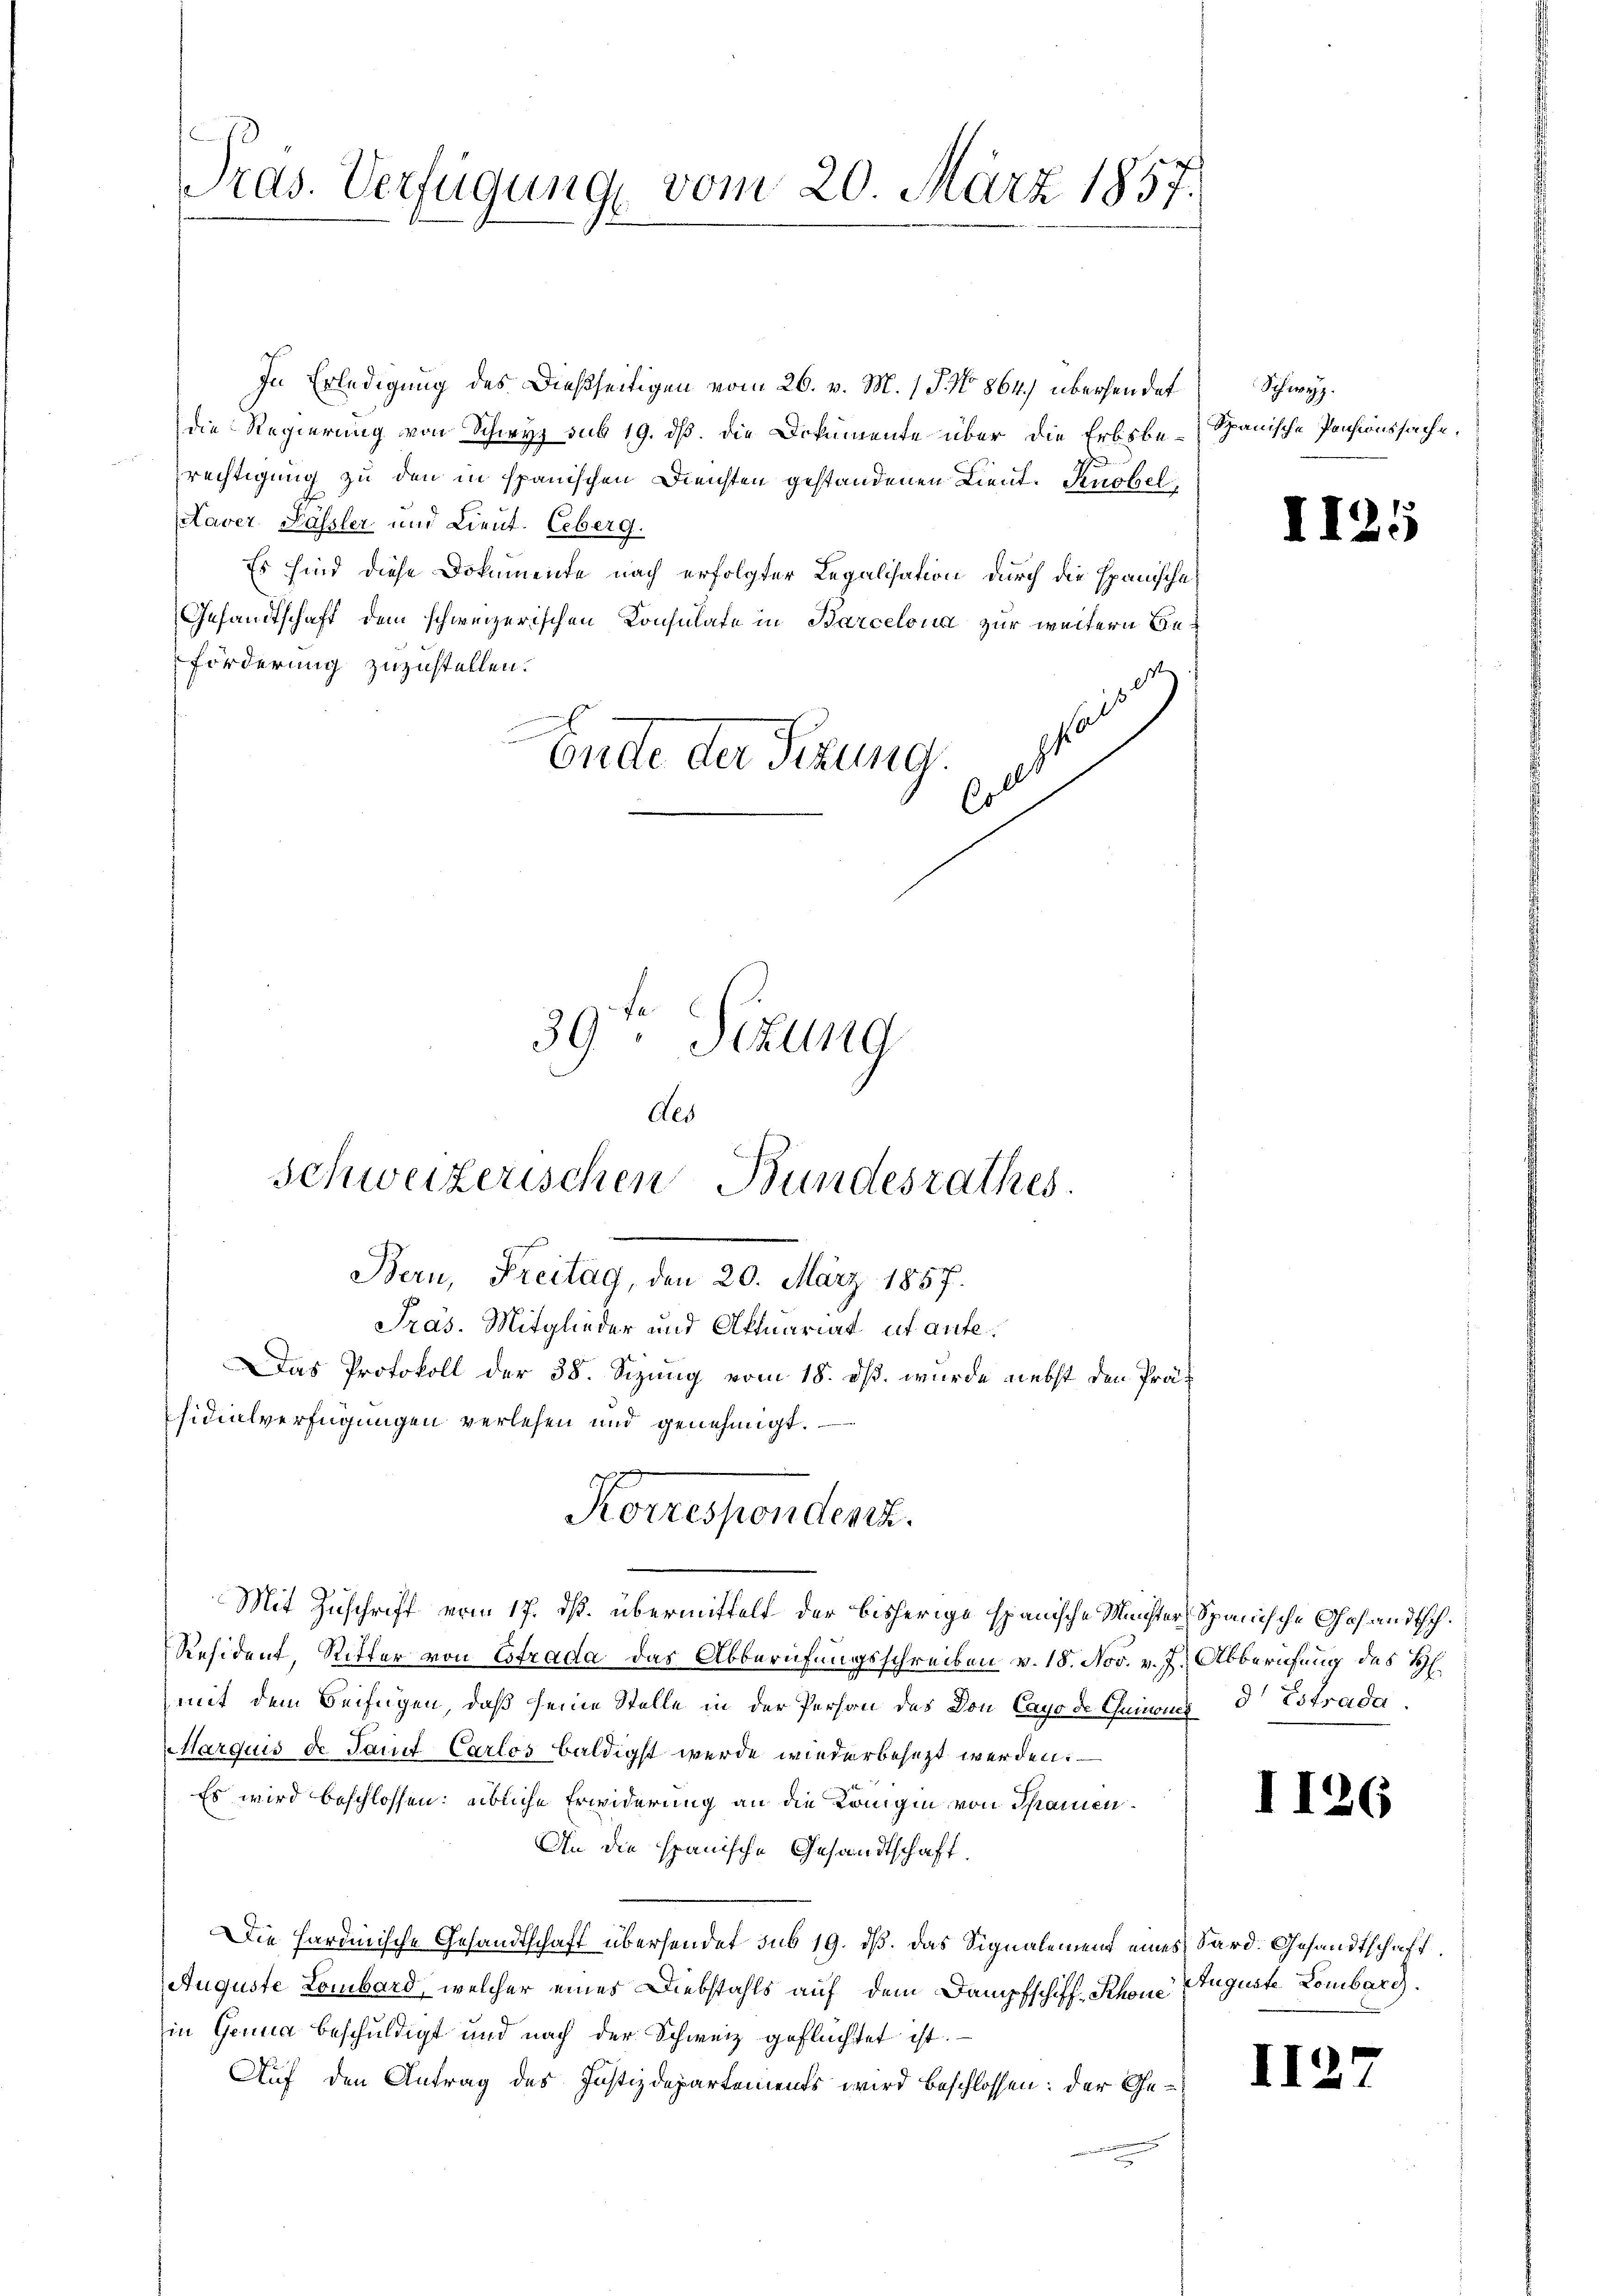
Oras. Verfügung vom 20. März 1857.

In Erledigung des Dießseitigen vom 26. v. M. 1 S. No 864.) übersendet
die Regierung von Schwyz sub 19. ds. die Dokumente über die Erbsbe-Spanische Pensionssache,
Erechtigung zu den in spanischen Diensten gestandenen Lieut. Knobel,
taver Kässler und Lieut. Ueberg.
Es sind diese Dokumente nach erfolgter Legalisation durch die Epanische
Gesandtschaft dem schweizerischen Konsulate in Barcelona zur weitern Be¬
Förderung zuzustellen.
hal
u
Ende der Sizung.
ol

39. Sekung
Als

Schweizerischen Bundesrathes.
Bern, Freitag, den 20. März 1857.
Pras. Mitglieder und Aktuariat ut aufe¬
Das Protokoll der 38. Sizung vom 18. ds. wurde nebst den Präsidialverfügungen verlesen und genehmigt.
Korrespondenz.

Mit Zuschrift vom 17. ds. übermittelt der bisherige spanische Minister Spanische Gesandtsch¬
Resident, Riffer von Estrada das Abberufungsschreiben v. 18. Nov. v. J. Abberigung des H
mit dem Beifügen, daß seine Stelle in der Person des Don Caps de Grien 3 Estrada
Marquis de damit Carlos baldigst werde wiederbesezt werden. —
Es wird beschlossen: übliche Erwiderung an die Königin von Spanien¬
An die spanische Gesandtschaft
Die Hardinische Gesandtschaft übersendet sub 19. dß. Das Signalement eines Sard. Gesandtschaft
Auguste Lombard, welcher eines Diebstahls auf dem Dampfschiff- Rhone Auguste Lombarg.
in Genua beschuldigt und nach der Schweiz geflüchtet ist.
Auf den Antrag des Justizdepartements wird beschlossen: der Ge¬

Schwyz.

I.

II9

II2

s

1